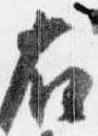
右